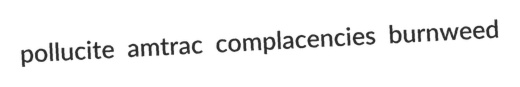
pollucite amtrac complacencies burnweed